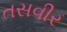
તસવીર